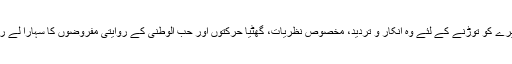
اس گھیرے کو توڑنے کے لئے وہ انکار و تردید، مخصوص نظریات، گھٹیا حرکتوں اور حب الوطنی کے روایتی مفروضوں کا سہارا لے رہی ہیں۔